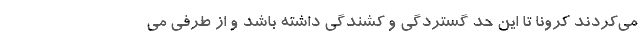
می‌کردند کرونا تا این حد گستردگی و کشندگی داشته باشد و از طرفی می